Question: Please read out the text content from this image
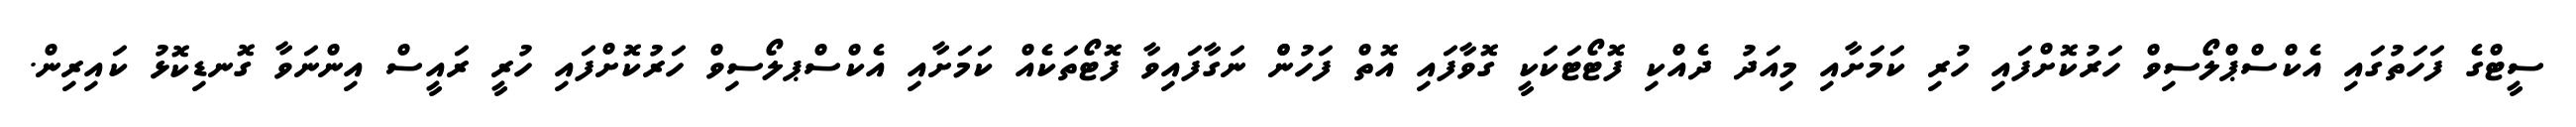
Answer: ސީޓްގެ ފަހަތުގައި އެކްސްޕްލޯސިވް ހަރުކޮށްފައި ހުރި ކަމަށާއި މިއަދު ދެއްކި ފޮޓޯޓަކަކީ ގޮވާފައި އޮތް ފަހުންް ނަގާފައިވާ ފޮޓޯތަކެއް ކަމަށާއި އެކްސްޕލޯސިވް ހަރުކޮށްފައި ހުރީ ރައީސް އިންނަވާ ގޮނޑިކޮޅު ކައިރިން.